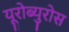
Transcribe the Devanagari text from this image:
यूरोब्युरोस